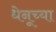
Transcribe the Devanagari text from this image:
धेनूच्या